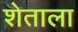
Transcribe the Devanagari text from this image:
शेताला